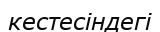
кестесіндегі